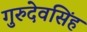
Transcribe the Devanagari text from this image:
गुरुदेवसिंह